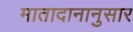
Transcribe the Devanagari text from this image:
मातादानानुसार